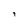
Character: i